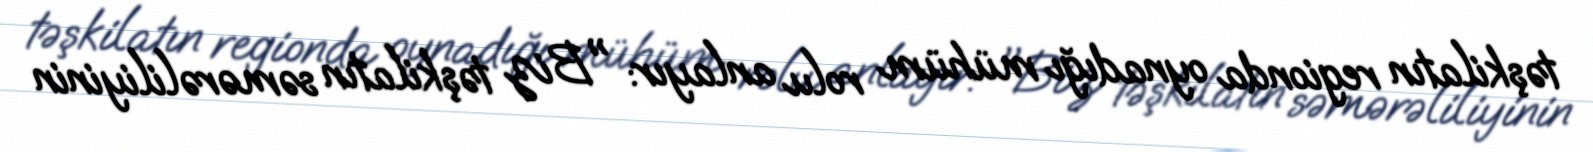
təşkilatın regionda oynadığı mühüm rolu anlayır: "Biz təşkilatın səmərəliliyinin